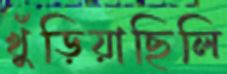
খুঁড়িয়াছিলি